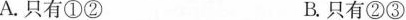
A.只有①② B.只有②③